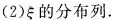
(2)\xi 的分布列。